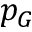
p _ { G }